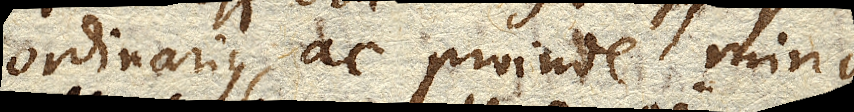
ordinarius, ac proinde minus